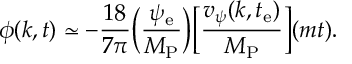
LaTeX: \phi ( k , t ) \simeq - \frac { 1 8 } { 7 \pi } \biggl ( \frac { \psi _ { \mathrm { e } } } { M _ { \mathrm { P } } } \biggr ) \biggl [ \frac { v _ { \psi } ( k , t _ { \mathrm { e } } ) } { M _ { \mathrm { P } } } \biggr ] ( m t ) .